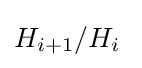
H_{i+1}/H_{i}\;